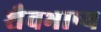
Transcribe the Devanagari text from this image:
शैवभाष्य